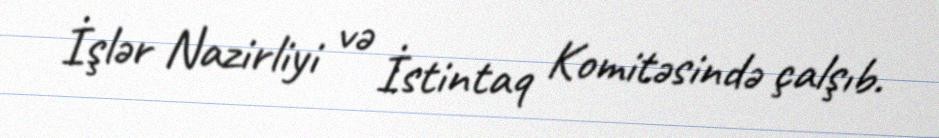
İşlər Nazirliyi və İstintaq Komitəsində çalşıb.